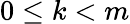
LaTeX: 0\leq k<m